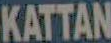
KATTAN